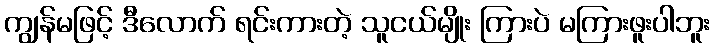
ကျွန်မဖြင့် ဒီလောက် ရင်းကားတဲ့ သူငယ်မျိုး ကြားပဲ မကြားဖူးပါဘူး